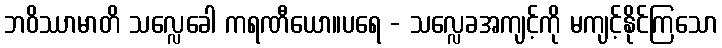
ဘဝိဿာမာတိ သလ္လေခေါ ကရဏီယော။ပရေ - သလ္လေခအကျင့်ကို မကျင့်နိုင်ကြသော